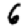
Digit: 6